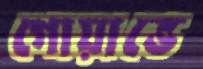
গোয়াভে